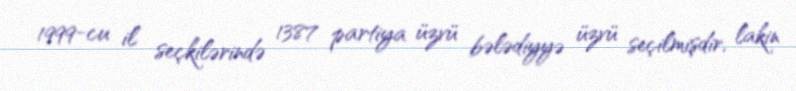
1999-cu il seçkilərində 1387 partiya üzvü bələdiyyə üzvü seçilmişdir, lakin